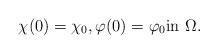
LaTeX: \begin{align*} \chi(0) = \chi_0, \varphi(0) = \varphi_0 \textrm{in $\Omega$}.\end{align*}